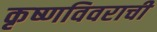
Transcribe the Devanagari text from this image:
कृष्णविवराची